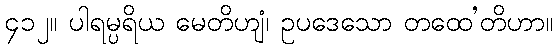
၄၁၂။ ပါရမ္ပရိယ မေတိဟျံ၊ ဥပဒေသော တထေ’တိဟာ။